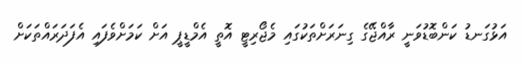
އަޅުގަނޑު ކަންބޮޑުވަނީ ރާއްޖޭގެ ގިނަރަށްތަކުގައި މެޖޯރިޓީ އޮތީ އެމްޑީޕީ އަށް ކަމަށްވެފައި އެފަދަރައްތަކަށް